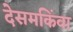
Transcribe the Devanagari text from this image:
देसमकिंवा